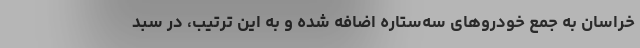
خراسان به جمع خودروهای سه‌ستاره اضافه شده و به این ترتیب، در سبد